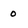
Character: 0